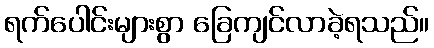
ရက်ပေါင်းများစွာ ခြေကျင်လာခဲ့ရသည်။